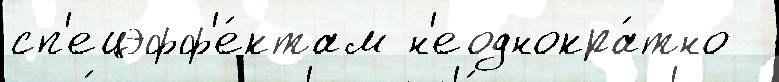
сп'ецэфф'е́ктам н'еоднокра́тно